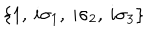
\left\{ 1 , \: i \sigma _ { 1 } , \: i \sigma _ { 2 } , \: i \sigma _ { 3 } \right\}